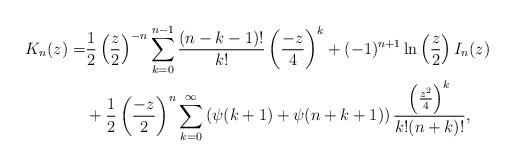
LaTeX: \begin{align*}K_{n}(z)=&\frac{1}{2}\left(\frac{z}{2}\right)^{-n}\sum_{k=0}^{n-1}\frac{(n-k-1)!}{k!}\left(\frac{-z}{4}\right)^{k}+(-1)^{n+1}\ln\left(\frac{z}{2}\right)I_{n}(z)\\&+\frac{1}{2}\left(\frac{-z}{2}\right)^{n}\sum_{k=0}^{\infty}\left(\psi(k+1)+\psi(n+k+1)\right)\frac{\left(\frac{z^{2}}{4}\right)^{k}}{k!(n+k)!},\end{align*}